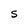
Character: S